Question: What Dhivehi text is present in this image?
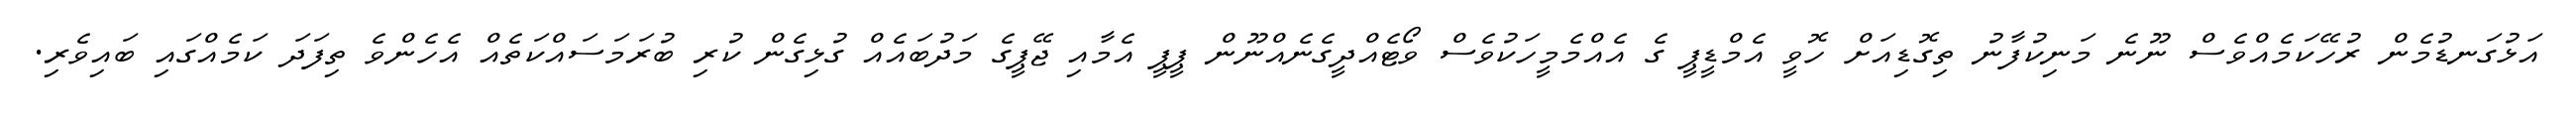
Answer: އަޅުގަނޑުމެން ރުހޭކަމެއްވެސް ނޫނެ މަނިކުފާނު ތިގޮޑިއަށް ހޮވީ އެމްޑީޕީ ގެ އެއްމެމީހަކުވެސް ވޯޓެއްދީގެނެއްނޫން ޕީޕީ އެމާއި ޖޭޕީގެ މަދުބައެއް ގުޅިގެން ކުރި ބުރަމަސައްކަތެއް އެހެންވެ ތިފަދަ ކަމެއްގައި ބައިވެރި.